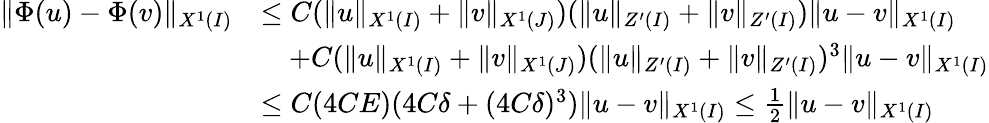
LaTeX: \begin{array}{rl}{\| \Phi(u)-\Phi(v)\| _{X^{1}(I)}}&{\leq C(\| u\| _{X^{1}(I)}+\| v\| _{X^{1}(J)})(\| u\| _{Z^{\prime}(I)}+\| v\| _{Z^{\prime}(I)})\| u-v\| _{X^{1}(I)}}\\ &{\quad+C(\| u\| _{X^{1}(I)}+\| v\| _{X^{1}(J)})(\| u\| _{Z^{\prime}(I)}+\| v\| _{Z^{\prime}(I)})^{3}\| u-v\| _{X^{1}(I)}}\\ &{\leq C(4CE)(4C\delta+(4C\delta)^{3})\| u-v\| _{X^{1}(I)}\leq\frac{1}{2}\| u-v\| _{X^{1}(I)}}\end{array}